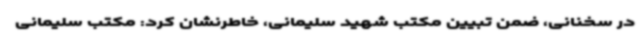
در سخنانی، ضمن تبیین مکتب شهید سلیمانی، خاطرنشان کرد: مکتب سلیمانی